Report on vaccination in Madras 1877-1894 - 1877-1894
Year: 1877
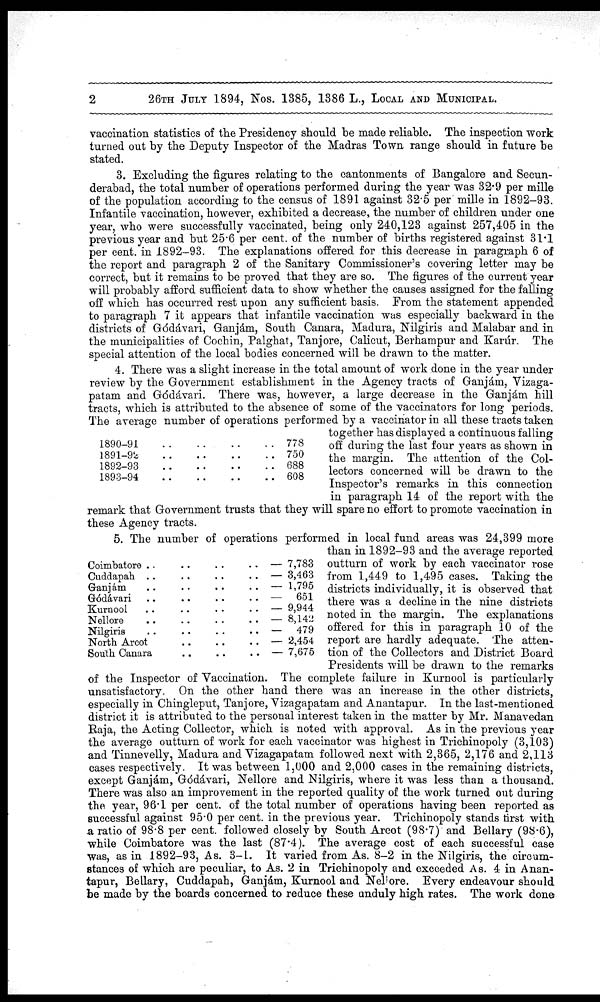
2
26TH JULY 1894, Nos. 1385, 1386 L., LOCAL AND MUNICIPAL.
vaccination statistics of the Presidency should be made reliable. The inspection work
turned out by the Deputy Inspector of the Madras Town range should in future be
stated.
3. Excluding the figures relating to the cantonments of Bangalore and Secun-
derabad, the total number of operations performed during the year was 32.9 per mille
of the population according to the census of 1891 against 32.5 per mille in 1892-93.
Infantile vaccination, however, exhibited a decrease, the number of children under one
year, who were successfully vaccinated, being only 240,123 against 257,405 in the
previous year and but 25.6 per cent. of the number of births registered against 31.1
per cent. in 1892-93. The explanations offered for this decrease in paragraph 6 of
the report and paragraph 2 of the Sanitary Commissioner's covering letter may be
correct, but it remains to be proved that they are so. The figures of the current year
will probably afford sufficient data to show whether the causes assigned for the falling
off which has occurred rest upon any sufficient basis. From the statement appended
to paragraph 7 it appears that infantile vaccination was especially backward in the
districts of Gódávari, Ganjám, South Canara, Madura, Nilgiris and Malabar and in
the municipalities of Cochin, Palghat, Tanjore, Calicut, Berhampur and Karúr. The
special attention of the local bodies concerned will be drawn to the matter.
1890-91..
..
..
..
1891-92..
..
..
..
1892-93
..
..
..
..
1893-94
..
..
..
..
778
750
688
608
4. There was a slight increase in the total amount of work done in the year under
review by the Government establishment in the Agency tracts of Ganjám, Vizaga-
patam and Gódávari. There was, however, a large decrease
in the Ganjám hill
tracts, which is attributed to the absence of some of the vaccinators for long periods.
The average number of operations performed by a vaccinator in all these tracts taken
together has displayed a continuous falling
off during the last four years as shown in
the margin. The attention of the Col-
lectors concerned will be drawn to the
Inspector's remarks in this connection
in paragraph 14 of the report with the
remark that Government trusts that they will spare no effort to promote vaccination in
these Agency tracts.
Coimbatore .. .. .. ..
Cuddapah .. .. .. ..
Granjám .. .. .. ..
Gódávari .. .. .. ..
Kurnool .. .. .. ..
Nellore .. .. .. ..
Nilgiris .. .. .. ..
North Arcot .. .. .. ..
South Canara .. .. .. ..
— 7,783
— 3,463
— 1,795
— 651
— 9,944
— 8,142
— 479
— 2,454
— 7,675
5. The number of operations performed in local fund areas was 24,399 more
than in 1892-93 and the average reported
outturn of work by each vaccinator rose
from 1,449 to 1,495 cases. Taking the
districts individually, it is observed that
there was a decline in the nine districts
noted in the margin. The explanations
offered for this in paragraph 10 of the
report are hardly adequate. The atten-
tion of the Collectors and District Board
Presidents will be drawn to the remarks
of the Inspector of Vaccination. The complete failure in Kurnool is particularly
unsatisfactory. On the other hand there was an increase in the other districts,
especially in Chingleput, Tanjore, Vizagapatam and Anantapur. In the last-mentioned
district it is attributed to the personal interest taken in the matter by Mr. Manavedan
Raja, the Acting Collector, which is noted with approval. As in the previous year
the average outturn of work for each vaccinator was highest in Trichinopoly (3,103)
and Tinnevelly, Madura and Vizagapatam followed next with 2,365, 2,176 and 2,113
cases respectively. It was between 1,000 and 2,000 cases in the remaining districts,
except Ganjám, Gódávari, Nellore and Nilgiris, where it was less than a thousand.
There was also an improvement in the reported quality of the work turned out during
the year, 96.1 per cent. of the total number of operations having been reported as
successful against 95.0 per cent. in the previous year. Trichinopoly stands first with
a ratio of 98.8 per cent. followed closely by South Arcot (98.7) and Bellary (98.6),
while Coimbatore was the last (87.4). The average cost of each successful case
was, as in 1892-93, As. 3-1. It varied from As. 8-2 in the Nilgiris, the circum-
stances of which are peculiar, to As. 2 in Trichinopoly and exceeded As. 4 in Anan-
tapur, Bellary, Cuddapah, Ganjám, Kumool and Nellore. Every endeavour should
be made by the boards concerned to reduce these unduly high rates. The work done